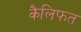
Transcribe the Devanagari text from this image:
कैलिफत